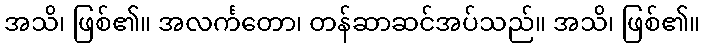
အသိ၊ ဖြစ်၏။ အလင်္ကတော၊ တန်ဆာဆင်အပ်သည်။ အသိ၊ ဖြစ်၏။